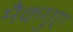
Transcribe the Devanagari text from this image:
मैकगुए